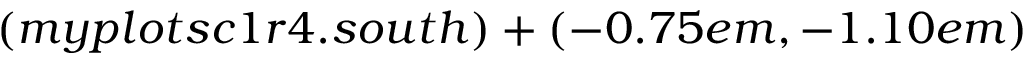
( m y p l o t s c 1 r 4 . s o u t h ) + ( - 0 . 7 5 e m , - 1 . 1 0 e m )